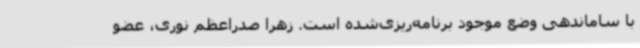
با ساماندهی وضع موجود برنامه‌ریزی‌شده است. زهرا صدراعظم نوری، عضو